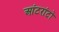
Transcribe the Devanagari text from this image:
आंटरांटो